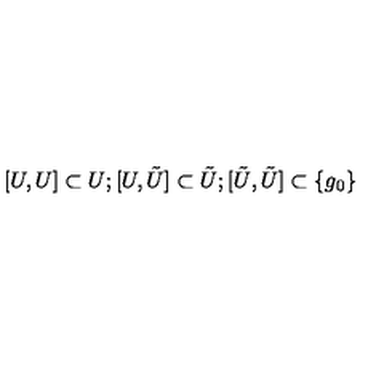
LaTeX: [ U , U ] \subset U ; [ U , \tilde { U } ] \subset \tilde { U } ; [ \tilde { U } , \tilde { U } ] \subset \{ g _ { 0 } \}